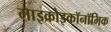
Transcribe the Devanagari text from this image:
माइक्रोइकॉनॉमिक